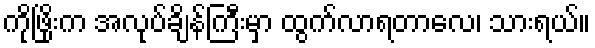
ကိုဖြိုးက အလုပ်ချိန်ကြီးမှာ ထွက်လာရတာလေ၊ သားရယ်။